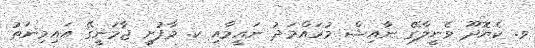
ވ. ކެޔޮދޫ ވެނީލާގޭ ނާއިޝް މުހައްމަދު ނައީމާއި ކ. މާފުށީ ޖާމަނީގޭ އައިމިނަތު